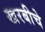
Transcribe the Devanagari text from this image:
खरबीचे